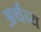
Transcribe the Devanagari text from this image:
अर्थव्य